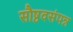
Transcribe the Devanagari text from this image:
सौष्ठवसंपन्न